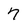
Character: 7